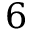
6